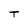
Character: T